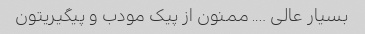
بسیار عالی …. ممنون از پیک مودب و پیگیریتون